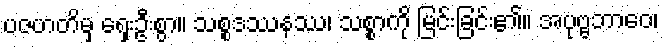
ပဇဟတိမှ ရှေးဦးစွာ။ သစ္စဒဿနဿ၊ သစ္စာကို မြင်းခြင်း၏။ အပုဗ္ဗဘာဝေ၊